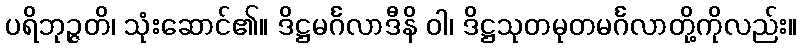
ပရိဘုဉ္ဇတိ၊ သုံးဆောင်၏။ ဒိဋ္ဌမင်္ဂလာဒီနိ ဝါ၊ ဒိဋ္ဌသုတမုတမင်္ဂလာတို့ကိုလည်း။